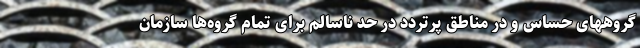
گروههای حساس و در مناطق پرتردد در حد ناسالم برای تمام گروه‌ها سازمان